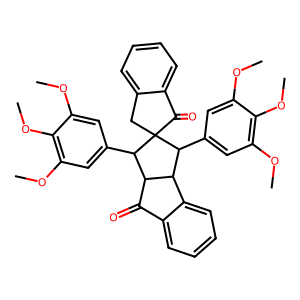
SMILES: COc1cc(C2C3C(=O)c4ccccc4C3C(c3cc(OC)c(OC)c(OC)c3)C23Cc2ccccc2C3=O)cc(OC)c1OC
Inhibits HIV replication: No